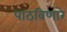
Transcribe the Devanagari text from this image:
पाठविणारे